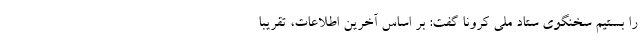
را بستیم سخنگوی ستاد ملی کرونا گفت: بر اساس آخرین اطلاعات، تقریبا